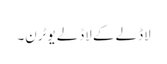
لاڈلے کے لاڈلے یوٹرن۔